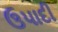
ઉપાદી